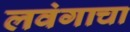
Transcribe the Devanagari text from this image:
लवंगाचा